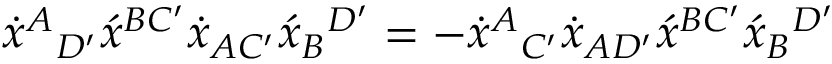
\dot { x } ^ { A } { } _ { D ^ { \prime } } \acute { x } ^ { B C ^ { \prime } } \dot { x } _ { A C ^ { \prime } } \acute { x } _ { B } { } ^ { D ^ { \prime } } = - \dot { x } ^ { A } { } _ { C ^ { \prime } } \dot { x } _ { A D ^ { \prime } } \acute { x } ^ { B C ^ { \prime } } \acute { x } _ { B } { } ^ { D ^ { \prime } }